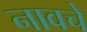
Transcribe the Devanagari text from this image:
नावचे